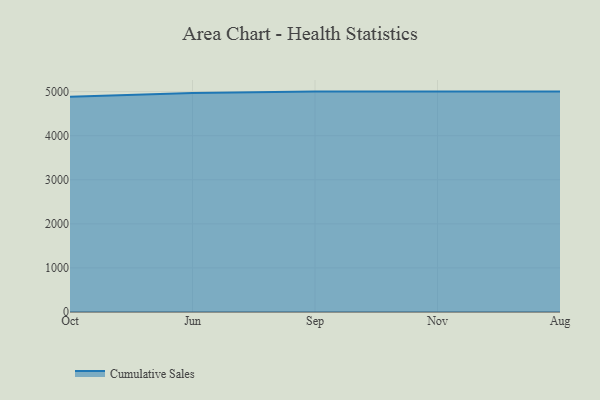
{"axis": {"x": "Month", "y": "Energy Usage (MWh)"}, "legend": ["Cumulative Sales"], "data": [{"x": "Oct", "y": 4880.6, "type": "Cumulative Sales"}, {"x": "Jun", "y": 4966.0, "type": "Cumulative Sales"}, {"x": "Sep", "y": 5000, "type": "Cumulative Sales"}, {"x": "Nov", "y": 5000, "type": "Cumulative Sales"}, {"x": "Aug", "y": 5000, "type": "Cumulative Sales"}]}